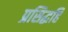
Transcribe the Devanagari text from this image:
प्रसिद्धहि